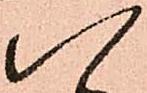
八